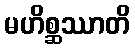
မဟိစ္ဆဿာတိ